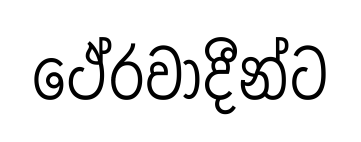
ථේරවාදීන්ට